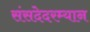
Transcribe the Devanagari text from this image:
संसदेदरम्यान